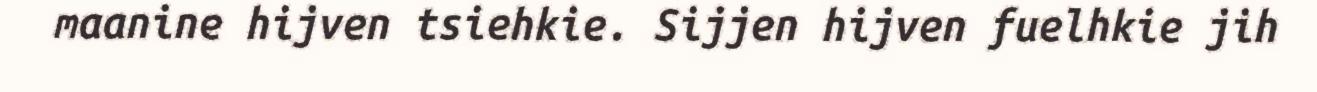
maanine hijven tsiehkie. Sijjen hijven fuelhkie jih